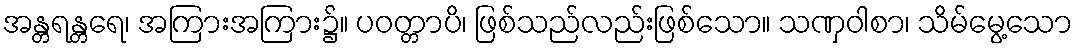
အန္တရန္တရေ၊ အကြားအကြား၌။ ပဝတ္တာပိ၊ ဖြစ်သည်လည်းဖြစ်သော။ သဏှဝါစာ၊ သိမ်မွေ့သော